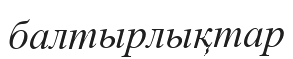
балтырлықтар